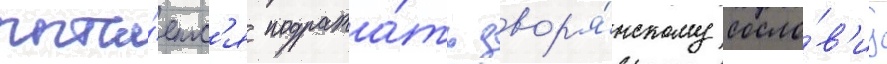
пыта́етс'я подража́ть двор'я́нскому сосло́в'иу